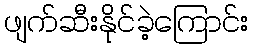
ဖျက်ဆီးနိုင်ခဲ့ကြောင်း